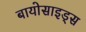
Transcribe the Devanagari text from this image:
बायोसाइड्स